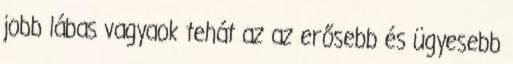
jobb lábas vagyaok tehát az az erősebb és ügyesebb